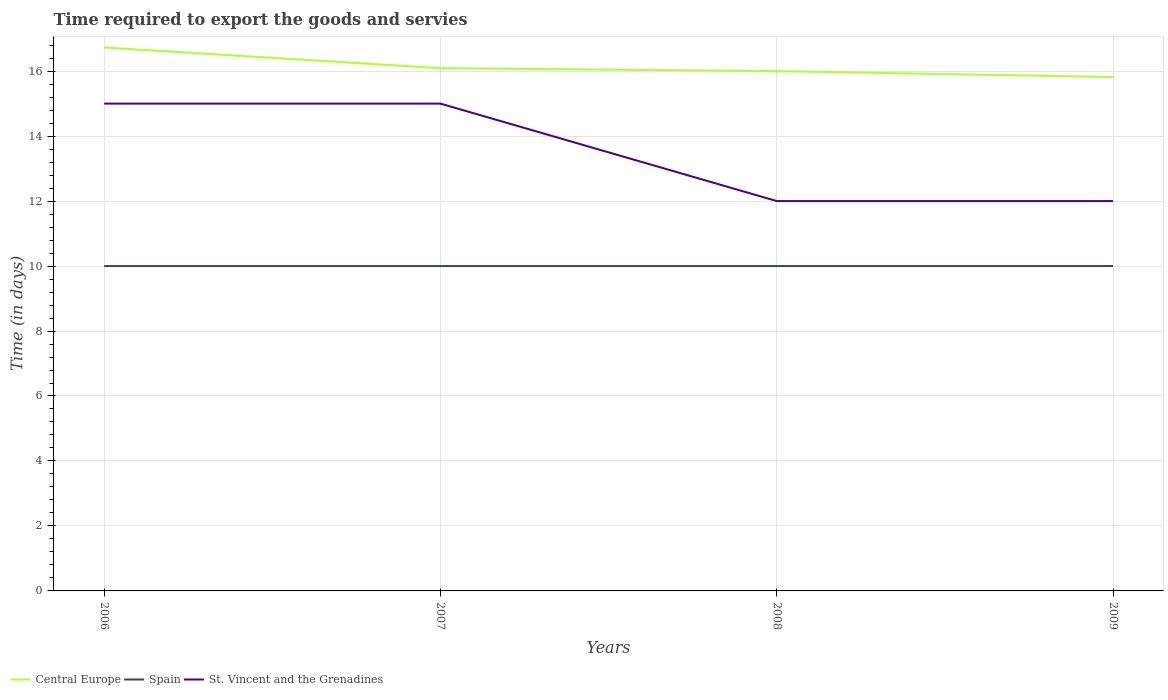
| Years | Central Europe | Spain | St. Vincent and the Grenadines |
 | --- | --- | --- | --- |
 | 2006 | 16.7 | 10 | 15 |
 | 2007 | 16.1 | 10 | 15 |
 | 2008 | 16 | 10 | 12 |
 | 2009 | 15.8 | 10 | 12 |